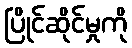
ပြိုင်ဆိုင်မှုကို